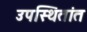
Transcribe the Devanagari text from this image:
उपस्थितांत